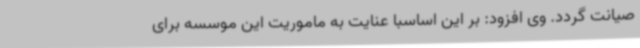
صیانت گردد. وی افزود: بر این اساسبا عنایت به ماموریت این موسسه برای